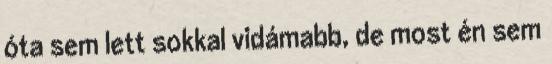
óta sem lett sokkal vidámabb, de most én sem